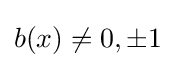
b(x)\neq 0,\pm 1